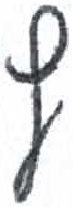
אות: ף